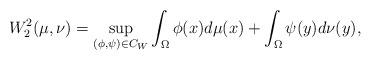
LaTeX: \begin{align*}W_2^2(\mu,\nu)=\underset{(\phi,\psi)\in C_W}{\sup}\int_{\Omega}\phi(x)d\mu(x)+\int_{\Omega}\psi(y)d\nu(y),\end{align*}